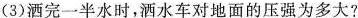
(3)洒完一半水时，洒水车对地面的压强为多大?